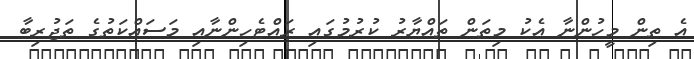
އެ ތިން މީހުންނާ އެކު މިތަން ތައްޔާރު ކުރުމުގައި ރައްޓެހިންނާއި މަސައްކަތުގެ ތަޖުރިބާ